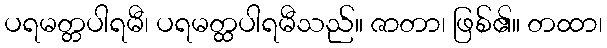
ပရမတ္တပါရမီ၊ ပရမတ္ထပါရမီသည်။ ဇာတာ၊ ဖြစ်၏။ တထာ၊